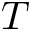
T